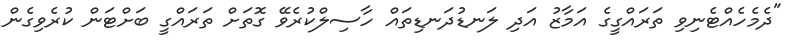
"ދެމެހެއްޓެނިވި ތަރައްގީގެ އަމާޒު އަދި ލަނޑުދަނޑިތައް ހާސިލްކުރެވޭ ގޮތަށް ތަރައްގީ ބަށްްޓަން ކުރެވިގެން